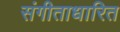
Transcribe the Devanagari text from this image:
संगीताधारित